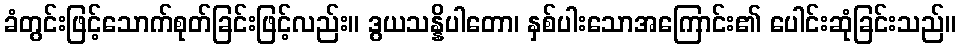
ခံတွင်းဖြင့်သောက်စုတ်ခြင်းဖြင့်လည်း။ ဒွယသန္နိပါတော၊ နှစ်ပါးသောအကြောင်း၏ ပေါင်းဆုံခြင်းသည်။